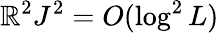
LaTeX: \mathbb{R}^{2}J^{2}=O(\log^{2}L)